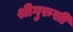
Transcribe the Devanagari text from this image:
श्रीगुरुसी